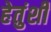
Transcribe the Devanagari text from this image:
हेतुंशी